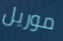
موريل